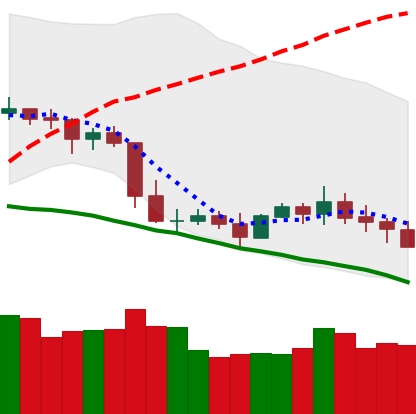
Ticker: XLM-USD
Chart end date: 2019-05-07
Forward return: 4.151%
Label: up_3_5